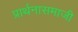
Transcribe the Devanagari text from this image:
प्रार्थनासमाजी